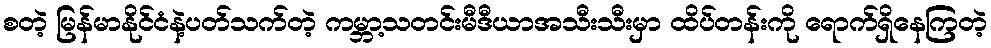
စတဲ့ မြန်မာနိုင်ငံနဲ့ပတ်သက်တဲ့ ကမ္ဘာ့သတင်းမီဒီယာအသီးသီးမှာ ထိပ်တန်းကို ရောက်ရှိနေကြတဲ့